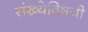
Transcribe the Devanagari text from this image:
संख्येविषयी